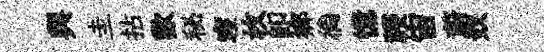
舆圭拈歡秘寝枚即鄉徜憶祲宙蔚奴